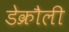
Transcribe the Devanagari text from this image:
डेक्रौली